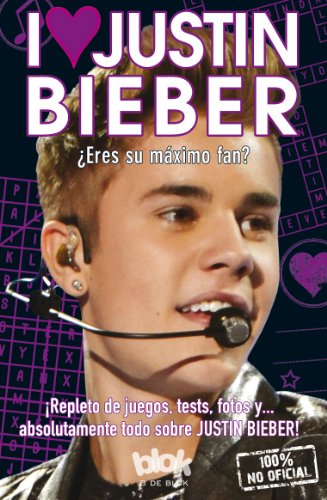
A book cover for I love Justin Bieber (Spanish Edition); Various authors; Teen & Young Adult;